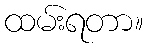
ထမ်းရတာ။